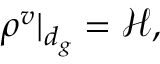
\rho ^ { v } \vert _ { d _ { g } } = \mathcal { H } ,